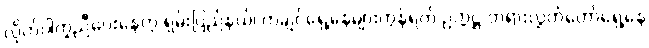
လိုက်ပါကူညီပေးနေတဲ့ ရှမ်းပြည်နယ်၊ ကချင်ရှေ့နေများကွန်ရက် ဥက္ကဋ္ဌ တရားလွှတ်တော်ရှေ့နေ